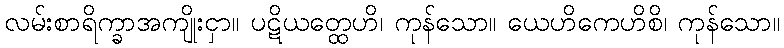
လမ်းစာရိက္ခာအကျိုးငှာ။ ပဋိယတ္ထေဟိ၊ ကုန်သော။ ယေဟိကေဟိစိ၊ ကုန်သော။